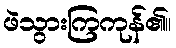
ဖဲသွားကြကုန်၏။